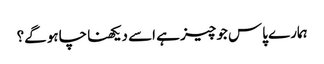
ہمارے پاس جو چیز ہے اسے دیکھنا چاہو گے؟